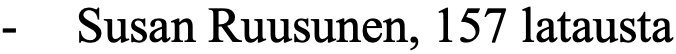
- Susan Ruusunen, 157 latausta